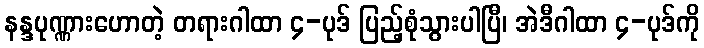
နန္ဒပုဏ္ဏားဟောတဲ့ တရားဂါထာ ၄-ပုဒ် ပြည့်စုံသွားပါပြီ၊ အဲဒီဂါထာ ၄-ပုဒ်ကို